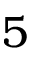
5